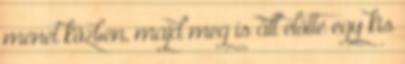
menet közben, majd meg is áll előtte egy kis